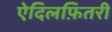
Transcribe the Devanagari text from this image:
ऐदिलफ़ितरी